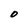
Character: O